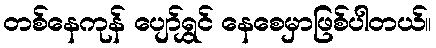
တစ်နေကုန် ပျော်ရွှင် နေစေမှာဖြစ်ပါတယ်။